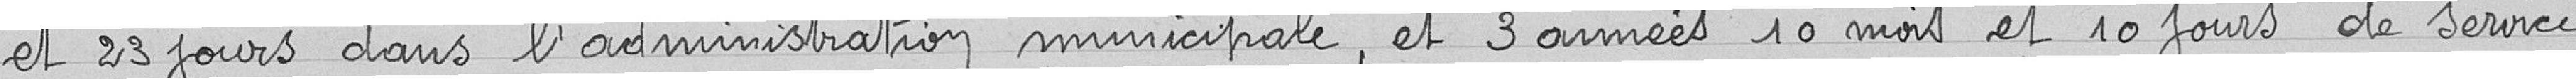
et 23 jours dans l'administration municipale, et 3 années 10 mois et 10 jours de service